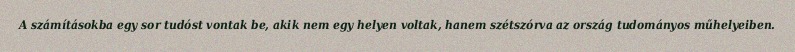
A számításokba egy sor tudóst vontak be, akik nem egy helyen voltak, hanem szétszórva az ország tudományos műhelyeiben.